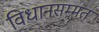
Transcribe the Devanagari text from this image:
विधानसम्मत